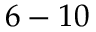
6 - 1 0